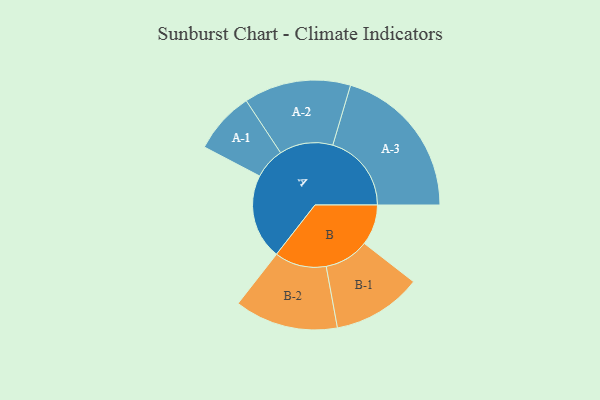
{"axis": {"x": "Segment", "y": "Value"}, "legend": ["", "A", "B"], "data": [{"x": "A", "y": 311, "type": ""}, {"x": "B", "y": 148, "type": ""}, {"x": "A-1", "y": 113, "type": "A"}, {"x": "A-2", "y": 195, "type": "A"}, {"x": "A-3", "y": 287, "type": "A"}, {"x": "B-1", "y": 163, "type": "B"}, {"x": "B-2", "y": 189, "type": "B"}]}